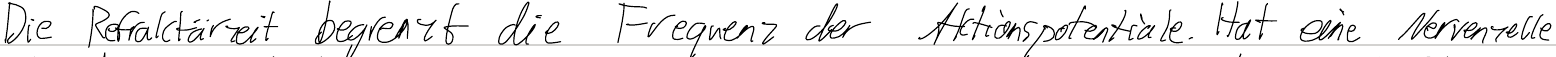
Die Refraktärzeit begrenzt die Frequenz der Aktionspotentiale. Hat eine Nervenzelle